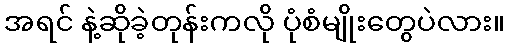
အရင် နဲ့ဆိုခဲ့တုန်းကလို ပုံစံမျိုးတွေပဲလား။